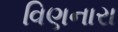
વિણનારા